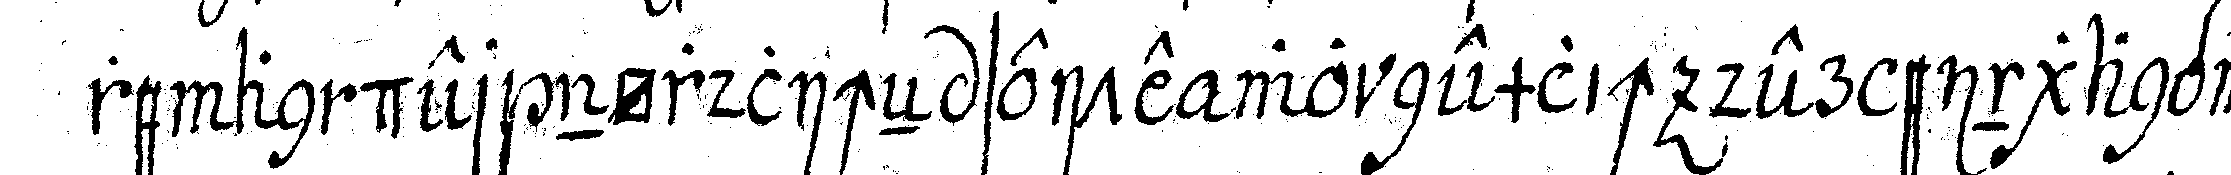
re an der nördlicheN seite wo nemlich der eingang